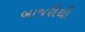
બાજરીથી